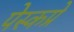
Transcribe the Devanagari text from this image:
पेस्कप्रे